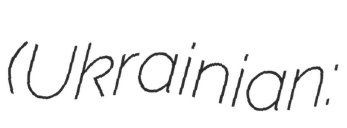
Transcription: (Ukrainian: